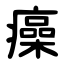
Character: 㿋